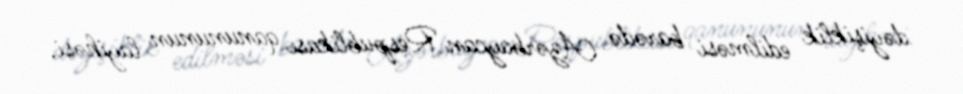
dəyişiklik edilməsi barədə Azərbaycan Respublikası qanununun layihəsi.